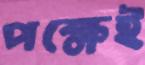
পক্ষেই